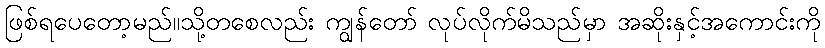
ဖြစ်ရပေတော့မည်။သို့တစေလည်း ကျွန်တော် လုပ်လိုက်မိသည်မှာ အဆိုးနှင့်အကောင်းကို